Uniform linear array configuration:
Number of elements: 24
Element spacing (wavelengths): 0.5
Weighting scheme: exponential
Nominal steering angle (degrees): -60
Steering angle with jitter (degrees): -60.751
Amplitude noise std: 0.05
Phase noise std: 0.05

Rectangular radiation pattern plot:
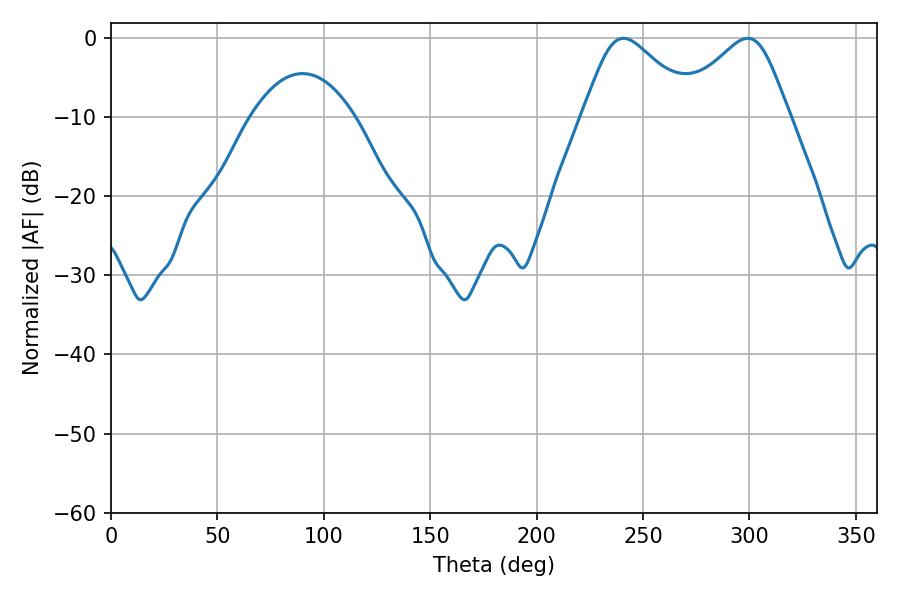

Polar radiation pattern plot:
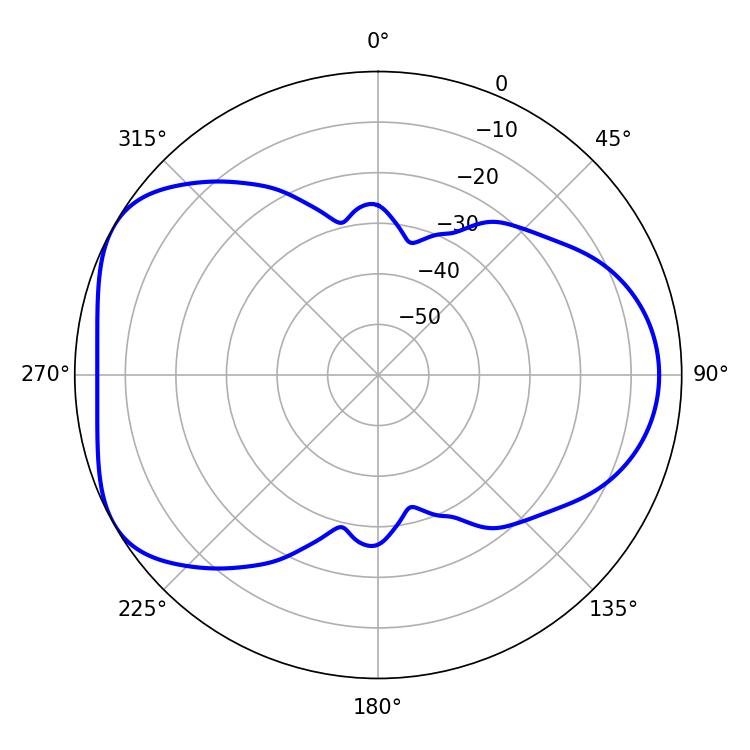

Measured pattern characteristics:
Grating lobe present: FALSE
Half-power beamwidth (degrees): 26.28
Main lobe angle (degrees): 299.16